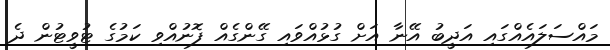
މައްސަލައެއްގައި އަދީބު އޭނާ އަށް ގުޅުއްވައި ގޭންގެއް ފޮނުއްވި ކަމުގެ ޓުވީޓުން ދެ